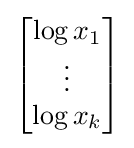
{\begin{bmatrix}\log x_{1}\\\vdots \\\log x_{k}\end{bmatrix}}